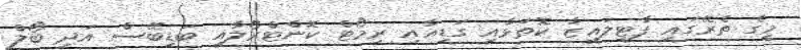
މީގެ ތެރޭގައި ފާޓިލައިޒާ ކޮތަޅާއި ގަޑިއާއި ރިމޯޓް ކޮންޓްރޯލާއި ބަޑިބޭސް އަދި ބޯލް